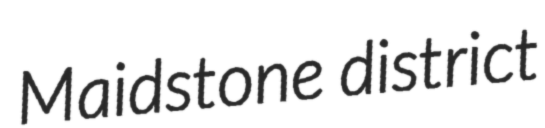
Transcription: Maidstone district